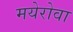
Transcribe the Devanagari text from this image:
मयेरोवा